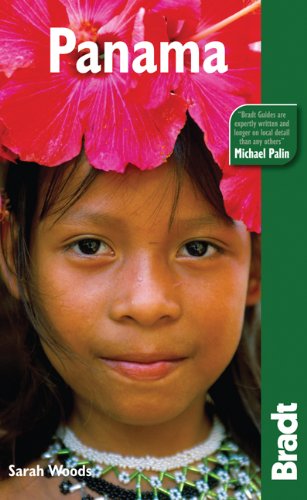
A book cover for Panama, 2nd (Bradt Travel Guide Panama); Sarah Woods; Travel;